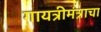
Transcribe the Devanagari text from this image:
गायत्रीमंत्राचा